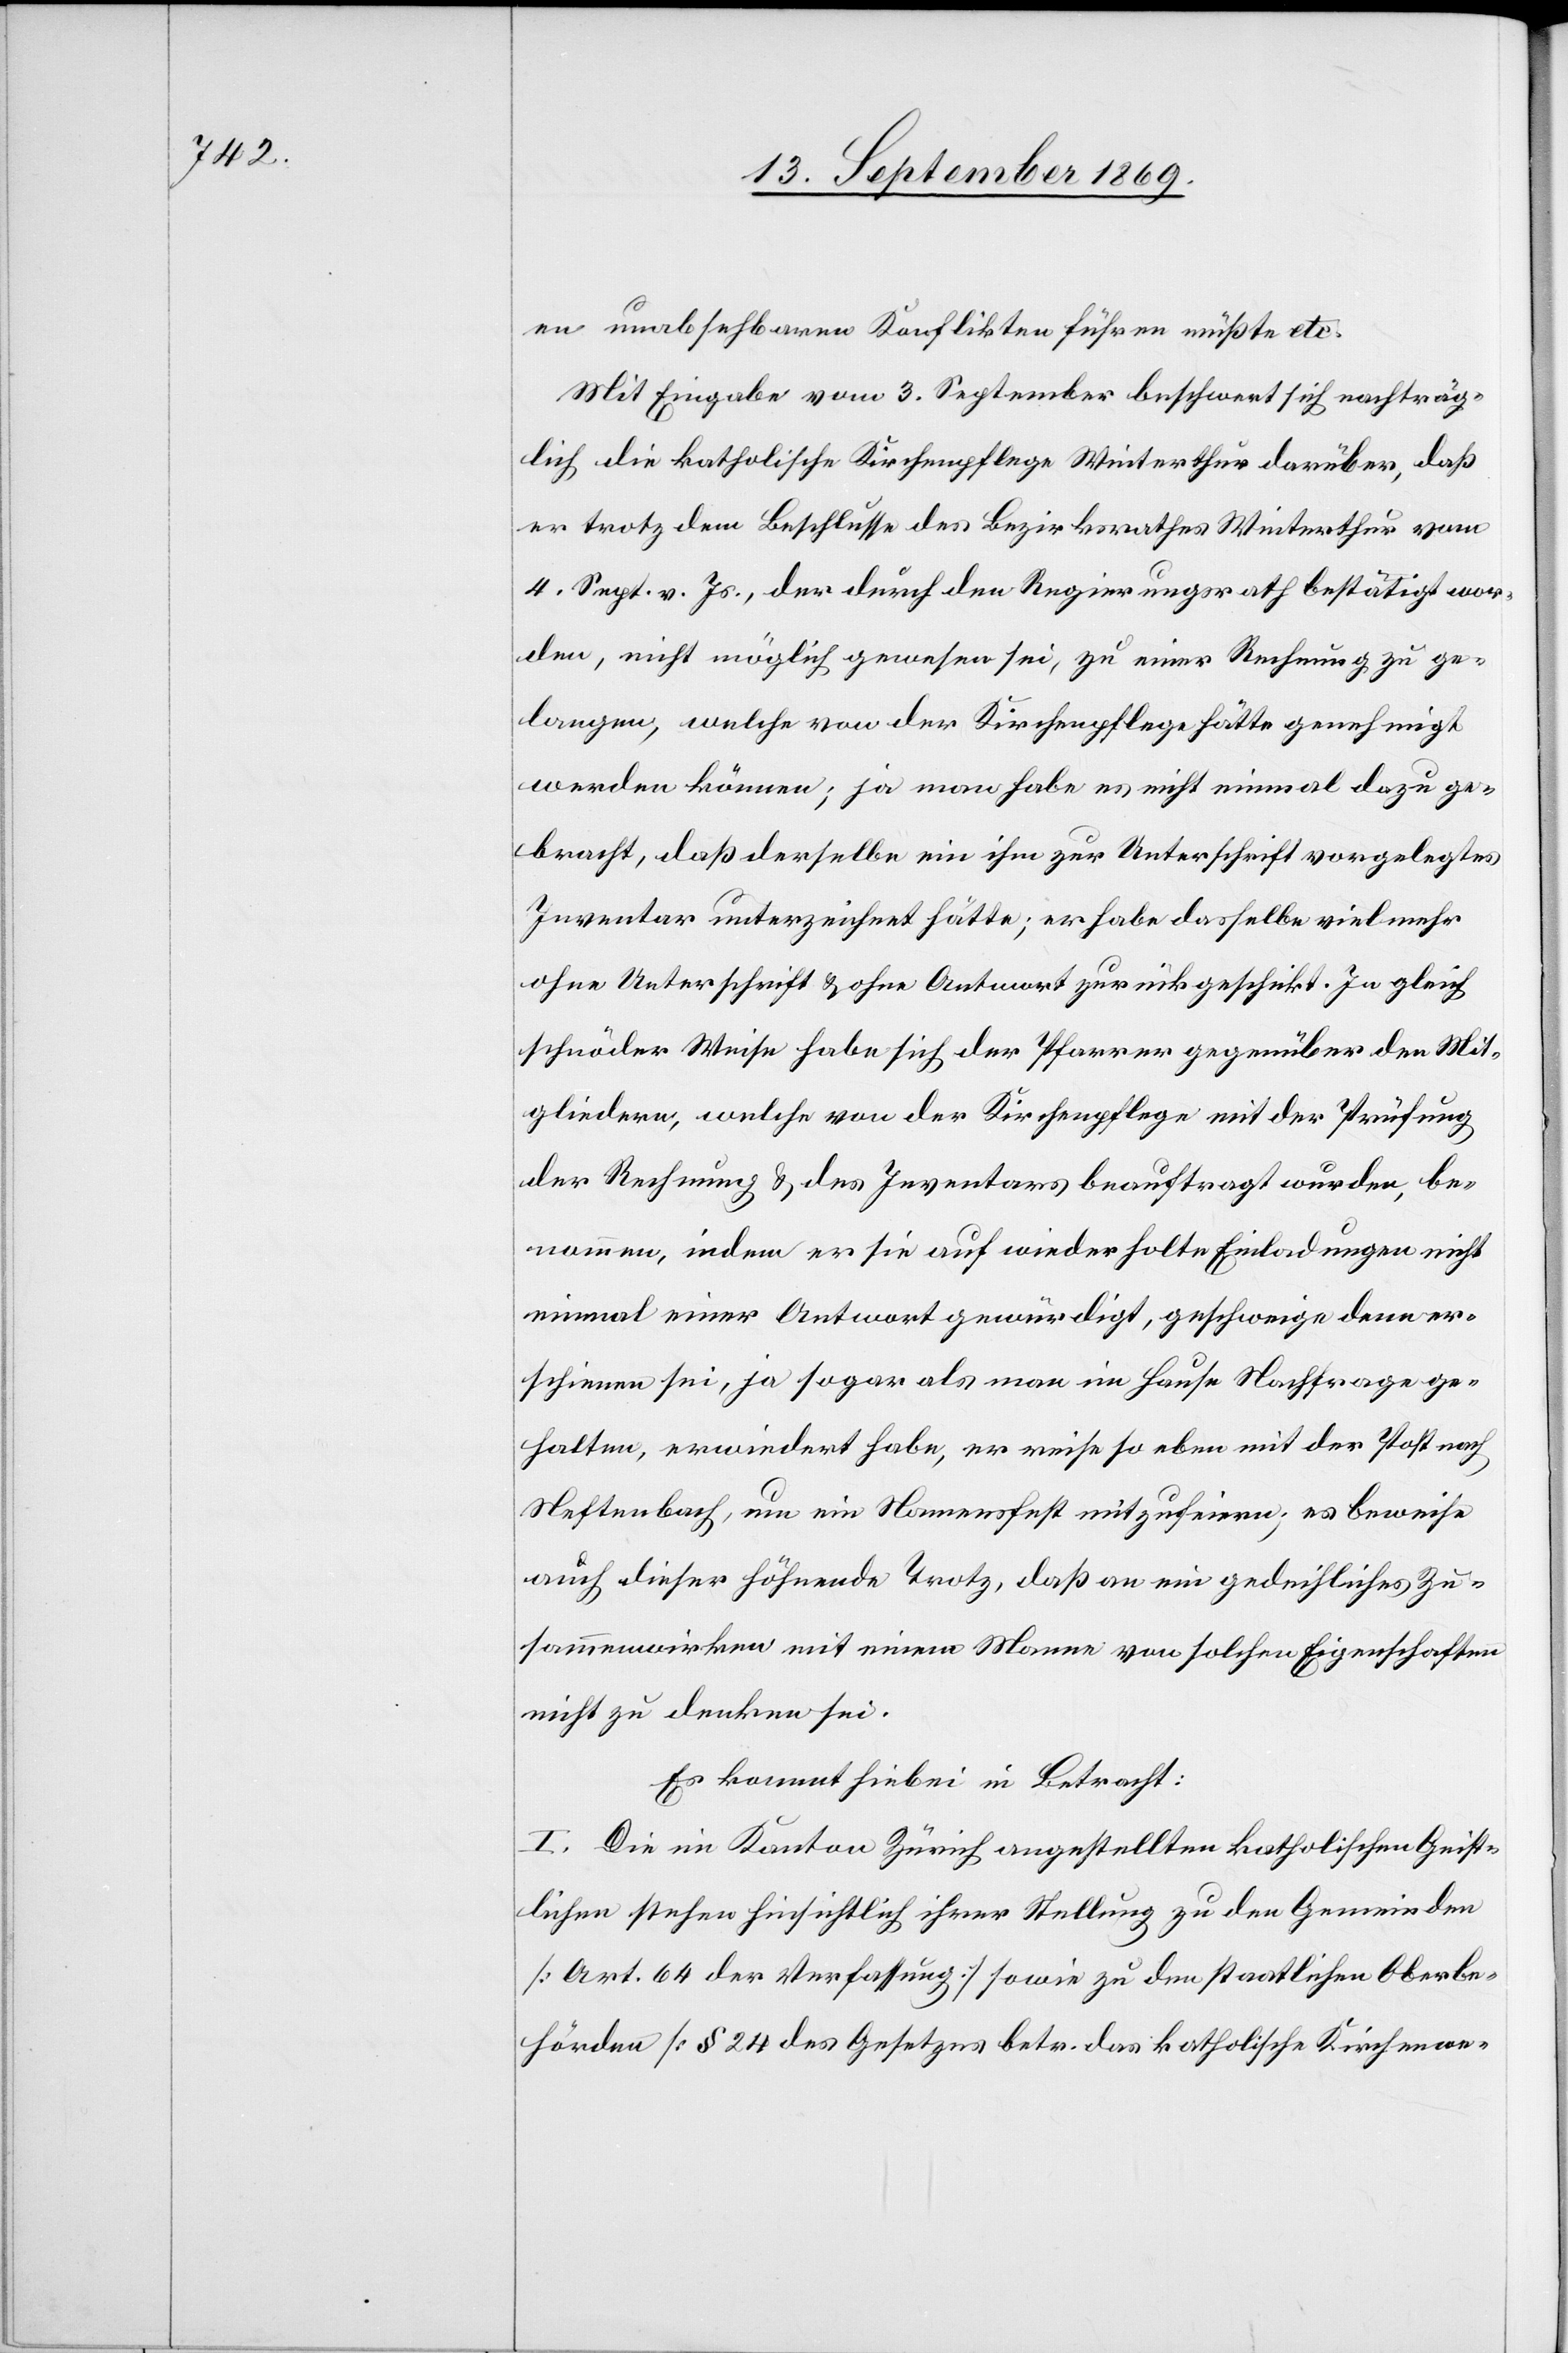
en unabsehbaren Konflikten führen müßte etc.
Mit Eingabe vom 3. September beschwert sich nachträg¬
lich die katholische Kirchenpflege Winterthur darüber, daß
trotz dem Beschlusse des Bezirksrathes Winterthur vom
4. Sept. v. Js., der durch den Regierungsrath bestätigt wor¬
den, nicht möglich gewesen sei, zu einer Rechnung zu ge¬
langen, welche von der Kirchenpflege hätte genehmigt
werden können; ja man habe es nicht einmal dazu ge¬
bracht, daß derselbe ein ihm zur Unterschrift vorgelegtes
Inventar unterzeichnet hätte; er habe dasselbe vielmehr
ohne Unterschrift & ohne Antwort zurückgeschickt. In gleich
schnöder Weise habe sich der Pfarrer gegenüber den Mit¬
gliedern, welche von der Kirchenpflege mit der Prüfung
der Rechnung & des Inventars beauftragt wurden, be¬
nommen, indem er sie auf wiederholte Einladungen nicht
einmal einer Antwort gewürdigt, geschweige denn er¬
schienen sei, ja sogar als man im Hause Nachfrage ge¬
halten, erwiedert habe, er reise soeben mit der Post nach
Neftenbach, um ein Namensfest mitzufeiern; es beweise
auch dieser höhnende Trotz, daß an ein gedeihliches Zu¬
sammenwirken mit einem Manne von solchen Eigenschaften
nicht zu denken sei.
Es kommt hiebei in Betracht:
1. Die im Kanton Zürich angestellten katholischen Geist¬
lichen stehen hinsichtlich ihrer Stellung zu den Gemeinden
[Art. 64 der Verfassung] sowie zu den staatlichen Oberbe¬
hörden [§ 24 des Gesetzes betr. das katholische Kirchenwe-